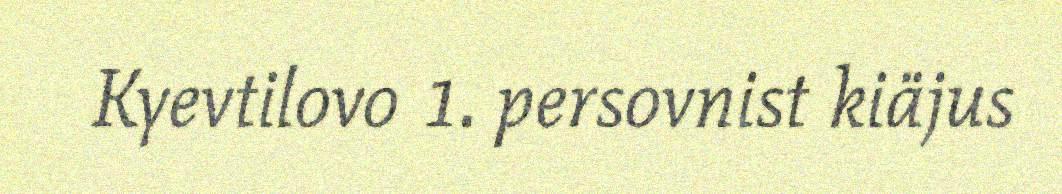
Kyevtilovo 1. persovnist kiäjus